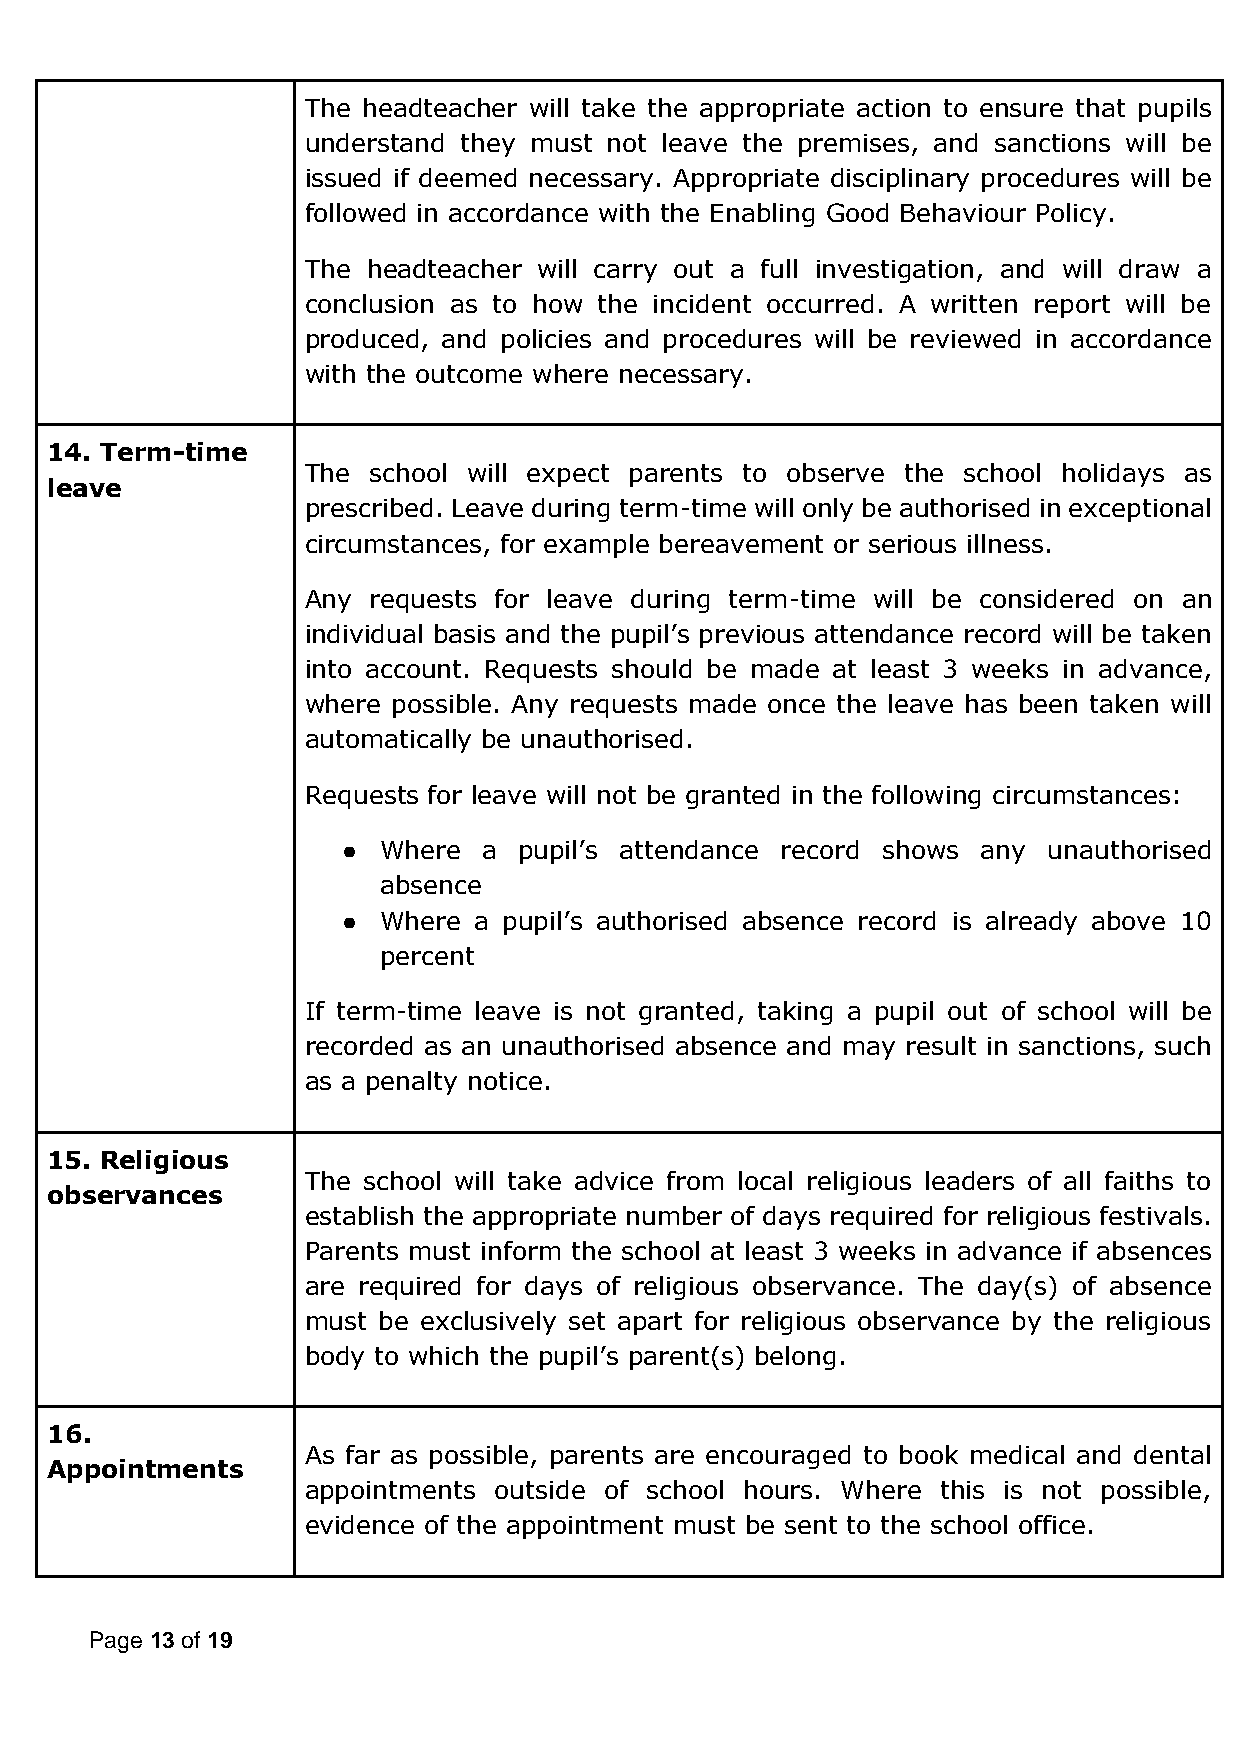
The headteacher will take the appropriate action to ensure that pupils
 understand they must not leave the premises, and sanctions will be
 issued if deemed necessary. Appropriate disciplinary procedures will be
 followed in accordance with the Enabling Good Behaviour Policy.
 The headteacher will carry out a full investigation, and will draw a
 conclusion as to how the incident occurred. A written report will be
 produced, and policies and procedures will be reviewed in accordance
 with the outcome where necessary.
 14. Term-time
 The school will expect parents to observe the school holidays as
 leave
 prescribed. Leave during term-time will only be authorised in exceptional
 circumstances, for example bereavement or serious illness.
 Any requests for leave during term-time will be considered on an
 individual basis and the pupil’s previous attendance record will be taken
 into account. Requests should be made at least 3 weeks in advance,
 where possible. Any requests made once the leave has been taken will
 automatically be unauthorised.
 Requests for leave will not be granted in the following circumstances:
 ● Where  a pupil’s attendance record shows any unauthorised
 absence
 ● Where a pupil’s authorised absence record is already above 10
 percent
 If term-time leave is not granted, taking a pupil out of school will be
 recorded as an unauthorised absence and may result in sanctions, such
 as a penalty notice.
 15. Religious
 The school will take advice from local religious leaders of all faiths to
 observances
 establish the appropriate number of days required for religious festivals.
 Parents must inform the school at least 3 weeks in advance if absences
 are required for days of religious observance. The day(s) of absence
 must be exclusively set apart for religious observance by the religious
 body to which the pupil’s parent(s) belong.
 16.
 As far as possible, parents are encouraged to book medical and dental
 Appointments
 appointments outside of school hours. Where this is not possible,
 evidence of the appointment must be sent to the school office.
 Page 13 of 19